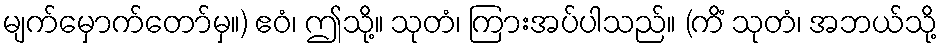
မျက်မှောက်တော်မှ။) ဧဝံ၊ ဤသို့။ သုတံ၊ ကြားအပ်ပါသည်။ (ကိံ သုတံ၊ အဘယ်သို့